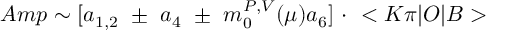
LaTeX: A m p \sim [ a _ { 1 , 2 } \, \, \pm \, \, a _ { 4 } \, \, \pm \, \, m _ { 0 } ^ { P , V } ( \mu ) a _ { 6 } ] \, \, \cdot \, \, < K \pi | O | B >